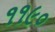
૧૧૯૦